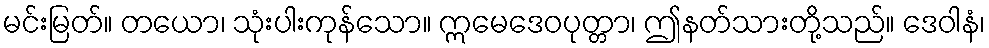
မင်းမြတ်။ တယော၊ သုံးပါးကုန်သော။ ဣမေဒေဝပုတ္တာ၊ ဤနတ်သားတို့သည်။ ဒေဝါနံ၊